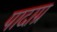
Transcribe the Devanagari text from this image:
पादाग्र